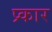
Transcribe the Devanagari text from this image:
प्र्कार